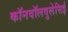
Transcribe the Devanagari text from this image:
कॉनवॉलवुलेसिई